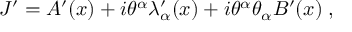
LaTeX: J ^ { \prime } = A ^ { \prime } ( x ) + i \theta ^ { \alpha } \lambda _ { \alpha } ^ { \prime } ( x ) + i \theta ^ { \alpha } \theta _ { \alpha } B ^ { \prime } ( x ) \; ,